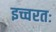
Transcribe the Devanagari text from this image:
इच्चरतः